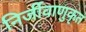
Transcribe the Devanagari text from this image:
निर्जीवाणुकृत